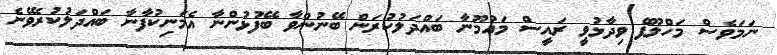
ނަމަވެސް މަހްލޫފް ވިދާޅުވީ ރައީސް މައުމޫނާ ބައްދަލުކުރަން ބޭނުންވާ ބޭފުޅުންނާ އެމަނިކުފާނާ ބައްދަލުކުރެވޭނެ